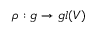
\rho : { \mathfrak { g } } \rightarrow { \mathfrak { g l } } ( V )